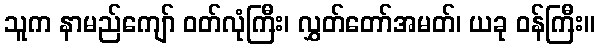
သူက နာမည်ကျော် ဝတ်လုံကြီး၊ လွှတ်တော်အမတ်၊ ယခု ဝန်ကြီး။